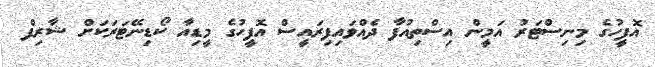
އޮފީހުގެ މިނިސްޓަރު އަމީން އިސްތިއުފާ ދެއްވައިފިރައީސް އޮފީހުގެ މީޑިއާ ކޯޑިނޭޓަރަކަށް ޝާރިފް